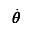
\dot { \pmb \theta }